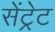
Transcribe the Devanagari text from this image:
सेंट्रेट